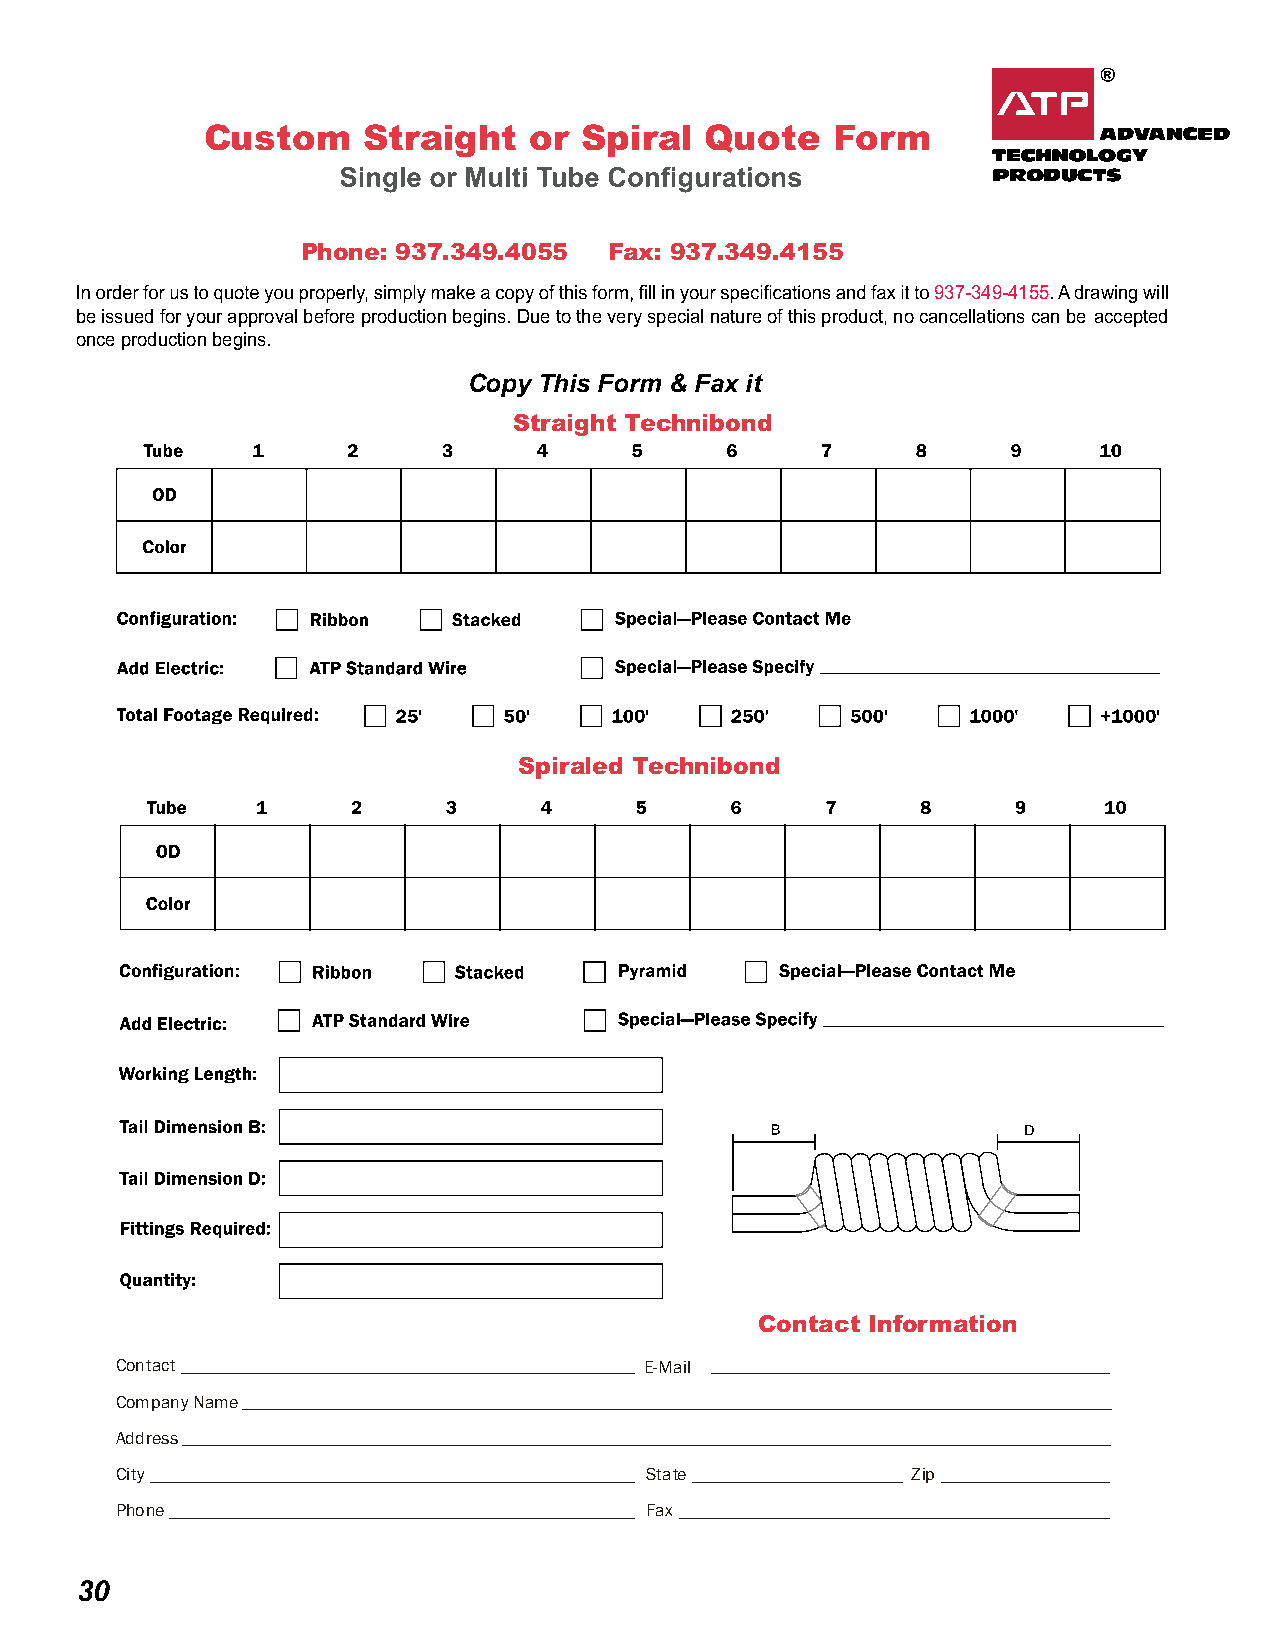
Custom     Straight   or Spiral   Quote   Form
 Phone: 937.349.4055 Fax: 937.349.4155
 937-349-4155. A drawing will
 be issued for your approval before production begins. Due to the very special nature of this product, no cancellations can be accepted
 once production begins.
 Copy This Form & Fax it
 Straight Technibond
 Spiraled Technibond
 Contact Information
 Contact                            E-Mail
 Company Name
 Address
 City                               State            Zip
 Phone                              Fax
 30